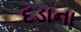
દડાના